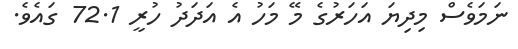
ނަމަވެސް މިދިޔަ އަހަރުގެ މޭ މަހު އެ އަދަދު ހުރީ 72.1 ގައެވެ.